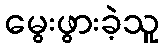
မွေးဖွားခဲ့သူ